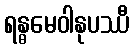
ရန္ဓမေဝါနုပဿီ